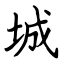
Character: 城